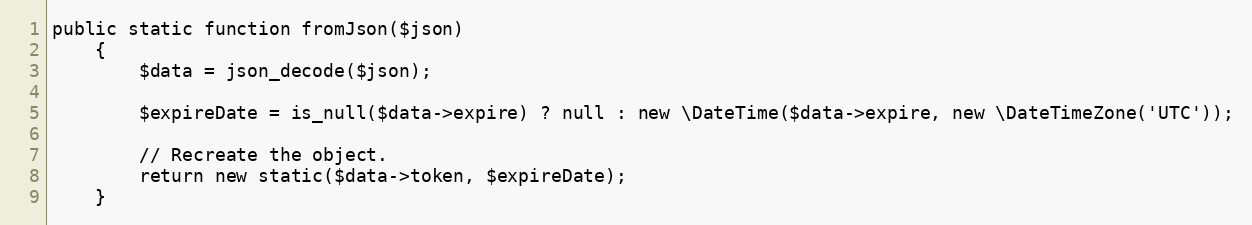
Language: PHP
public static function fromJson($json)
    {
        $data = json_decode($json);

        $expireDate = is_null($data->expire) ? null : new \DateTime($data->expire, new \DateTimeZone('UTC'));

        // Recreate the object.
        return new static($data->token, $expireDate);
    }